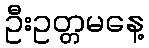
ဦးဥတ္တမနေ့